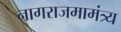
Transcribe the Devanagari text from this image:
नागराजमामंत्र्य